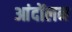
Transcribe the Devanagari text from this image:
आंदोंलन